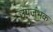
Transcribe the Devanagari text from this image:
उपजंभक